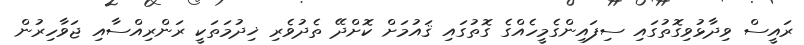
ރައީސް ވިދާޅުވިގޮތުގައި ސިފައިންގެމީހެއްގެ ގޮތުގައި ޤައުމަށް ކޮށްދޭ ތެދުވެރި ޚިދުމަތަކީ ރަންރިއްސާއި ޖަވާހިރުން